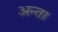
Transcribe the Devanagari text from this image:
अन्ता